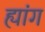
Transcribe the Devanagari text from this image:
ह्यांग